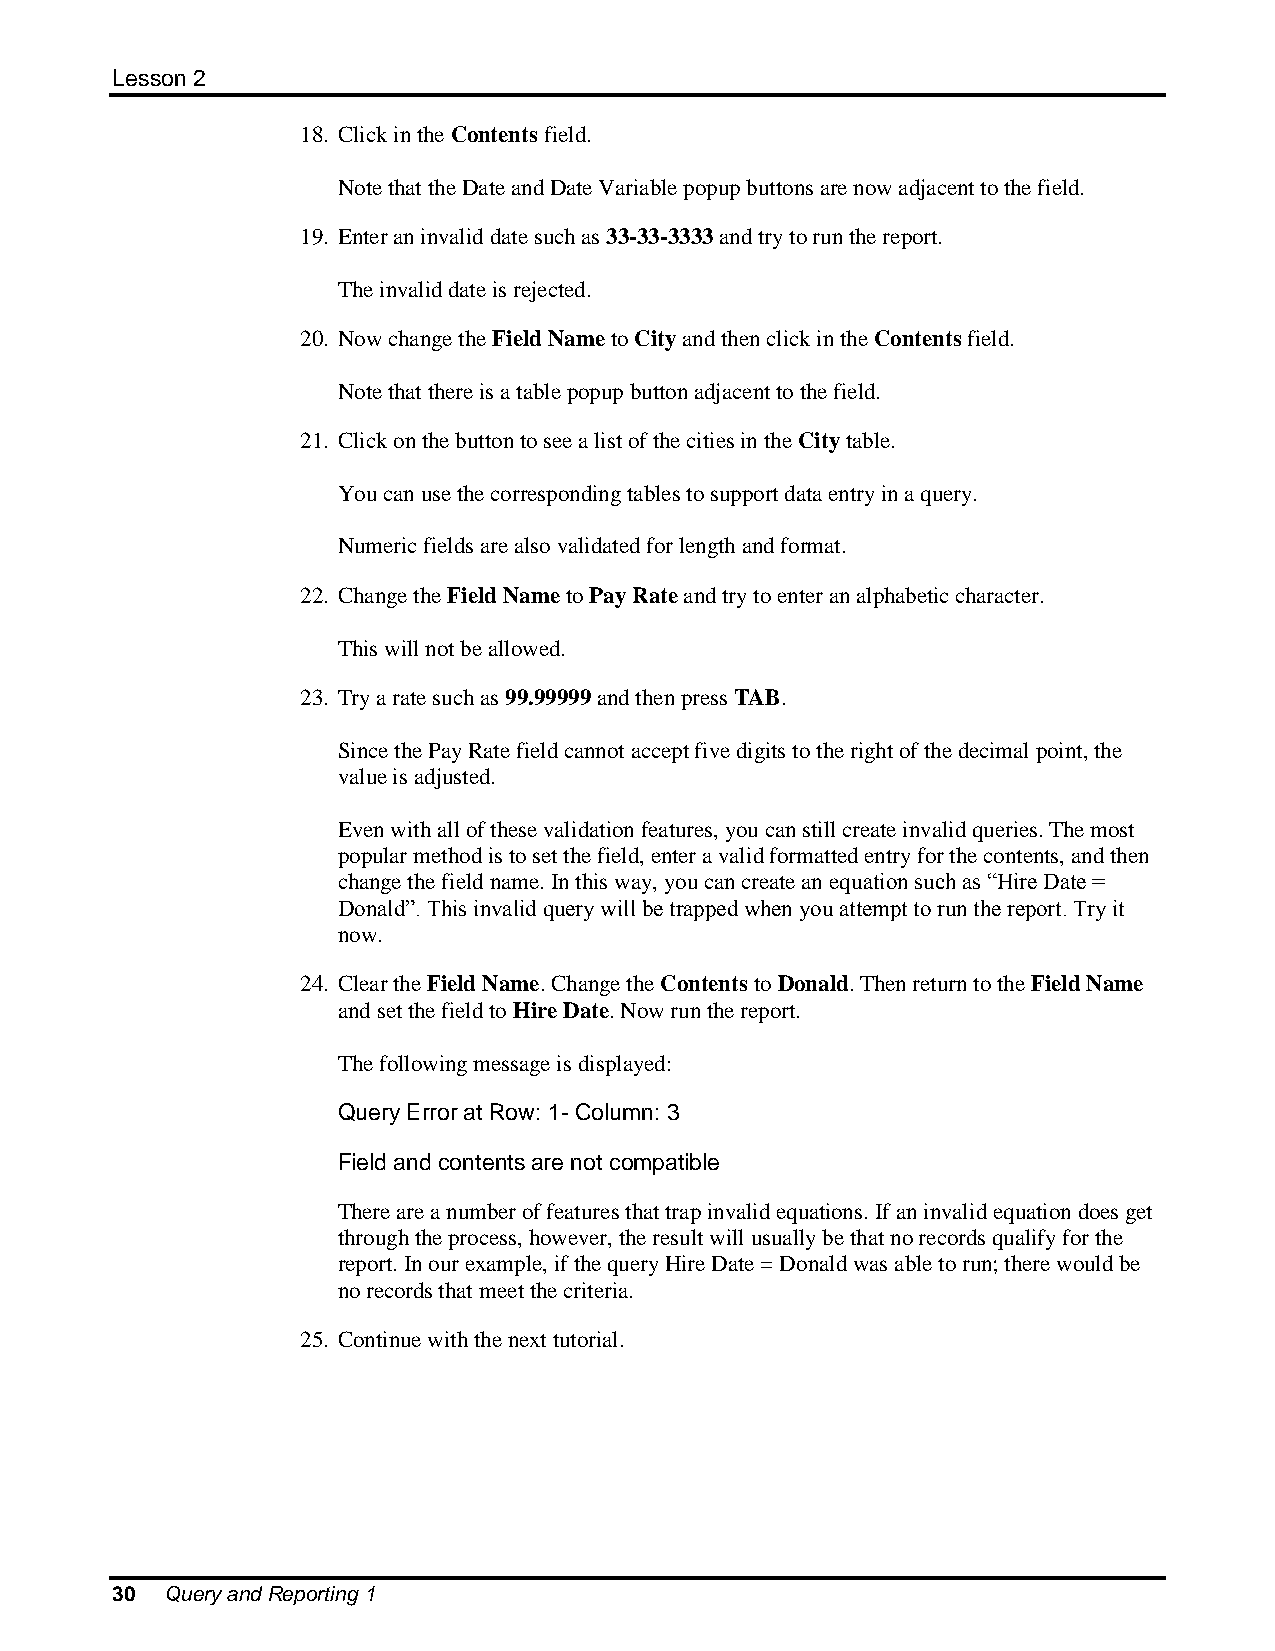
Lesson 2
 18. Click in the Contents field.
 Note that the Date and Date Variable popup buttons are now adjacent to the field.
 19. Enter an invalid date such as 33-33-3333 and try to run the report.
 The invalid date is rejected.
 20. Now change the Field Name to City and then click in the Contents field.
 Note that there is a table popup button adjacent to the field.
 21. Click on the button to see a list of the cities in the City table.
 You can use the corresponding tables to support data entry in a query.
 Numeric fields are also validated for length and format.
 22. Change the Field Name to Pay Rate and try to enter an alphabetic character.
 This will not be allowed.
 23. Try a rate such as 99.99999 and then press TAB.
 Since the Pay Rate field cannot accept five digits to the right of the decimal point, the
 value is adjusted.
 Even with all of these validation features, you can still create invalid queries. The most
 popular method is to set the field, enter a valid formatted entry for the contents, and then
 change the field name. In this way, you can create an equation such as “Hire Date =
 Donald”. This invalid query will be trapped when you attempt to run the report. Try it
 now.
 24. Clear the Field Name. Change the Contents to Donald. Then return to the Field Name
 and set the field to Hire Date. Now run the report.
 The following message is displayed:
 Query Error at Row: 1- Column: 3
 Field and contents are not compatible
 There are a number of features that trap invalid equations. If an invalid equation does get
 through the process, however, the result will usually be that no records qualify for the
 report. In our example, if the query Hire Date = Donald was able to run; there would be
 no records that meet the criteria.
 25. Continue with the next tutorial.
 30  Query and Reporting 1